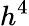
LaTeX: h^{4}